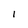
Character: 1